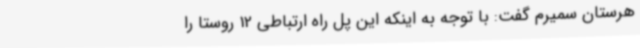
هرستان سمیرم گفت: با توجه به اینکه این پل راه ارتباطی 12 روستا را